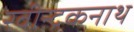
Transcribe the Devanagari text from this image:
रवीन्द्रकनाथ